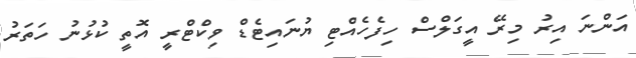
އަންނަ އިރު މިރޭ އީގަލްސް ހިފެހެއްޓި ޔުނައިޓެޑް ވިކްްޓްރީ އޮތީ ކުޅުނު ހަތަރު